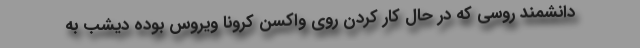
دانشمند روسی که در حال کار کردن روی واکسن کرونا ویروس بوده دیشب به